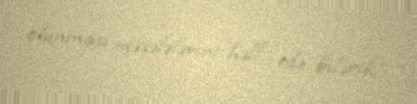
olunması məsələlərini həll edə bilərik”.